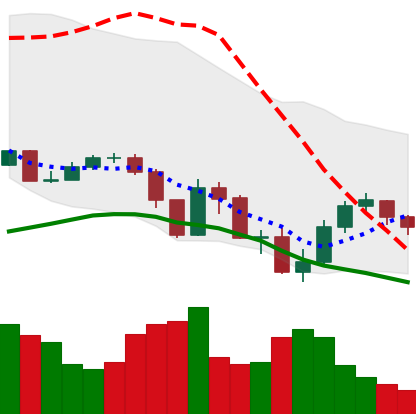
Ticker: XLM-USD
Chart end date: 2019-07-22
Forward return: -5.123%
Label: down_5_7